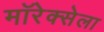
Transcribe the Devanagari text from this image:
मॉरेक्सेला